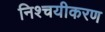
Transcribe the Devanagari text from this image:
निश्चयीकरण